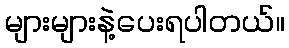
များများနဲ့ပေးရပါတယ်။